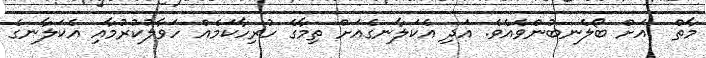
މާތް  އަށް ބޯލެނބުންވެއެވެ. އަދި އެކަލާނގެއަށް ތިމާގެ ހުރިހާކަމެއް ހަވާލުކުރުމާއި އެކަލާނގެ